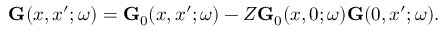
\begin{array} { r } { \ensuremath { \mathbf { G } } ( x , x ^ { \prime } ; \omega ) = \ensuremath { \mathbf { G } } _ { 0 } ( x , x ^ { \prime } ; \omega ) - Z \ensuremath { \mathbf { G } } _ { 0 } ( x , 0 ; \omega ) \ensuremath { \mathbf { G } } ( 0 , x ^ { \prime } ; \omega ) . } \end{array}